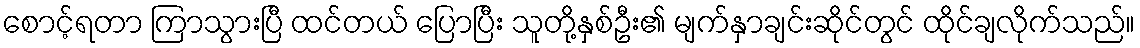
စောင့်ရတာ ကြာသွားပြီ ထင်တယ် ပြောပြီး သူတို့နှစ်ဦး၏ မျက်နှာချင်းဆိုင်တွင် ထိုင်ချလိုက်သည်။